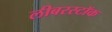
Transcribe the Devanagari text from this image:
लीबरस्टॉक